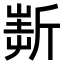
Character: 𣂲